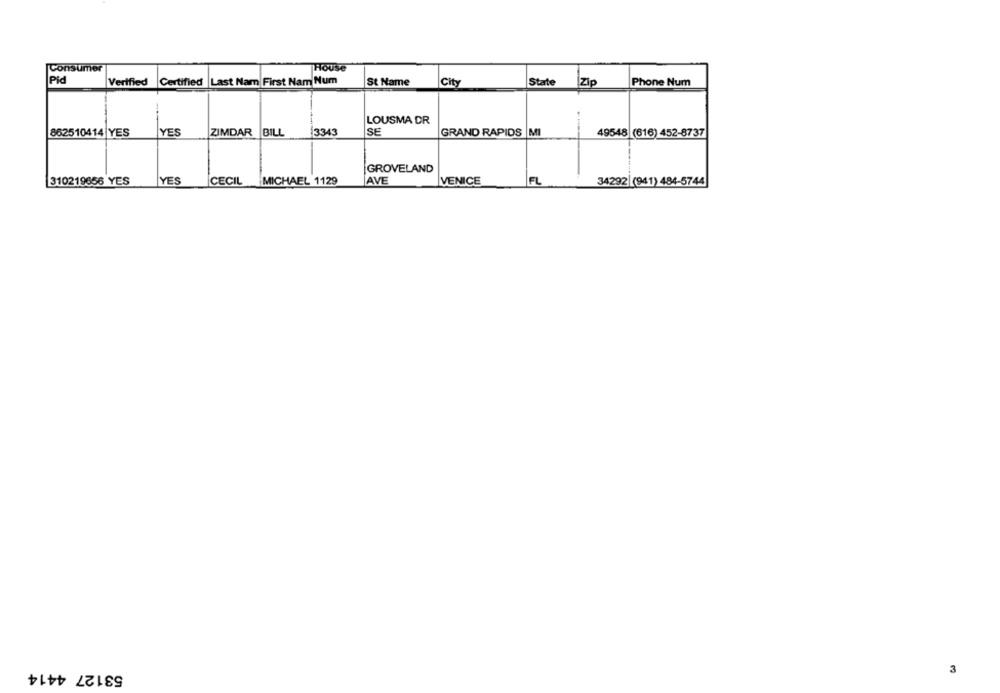
Consumer
House
Pid
Verified
Certified Last Nam First Nam Num
St Name
City
State Zip
Phone Num
LOUSMA DR
862510414 YES
YES
ZIMDAR
BILL
3343
SE
GRAND RAPIDS MI
49548 (616) 452-8737
GROVELAND
YES
AVE
310219656 YES
CECIL
MICHAEL 1129
VENICE
FL
34292 (941) 484-5744
53127 4414
3